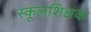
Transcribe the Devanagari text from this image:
स्कूलशिक्षक